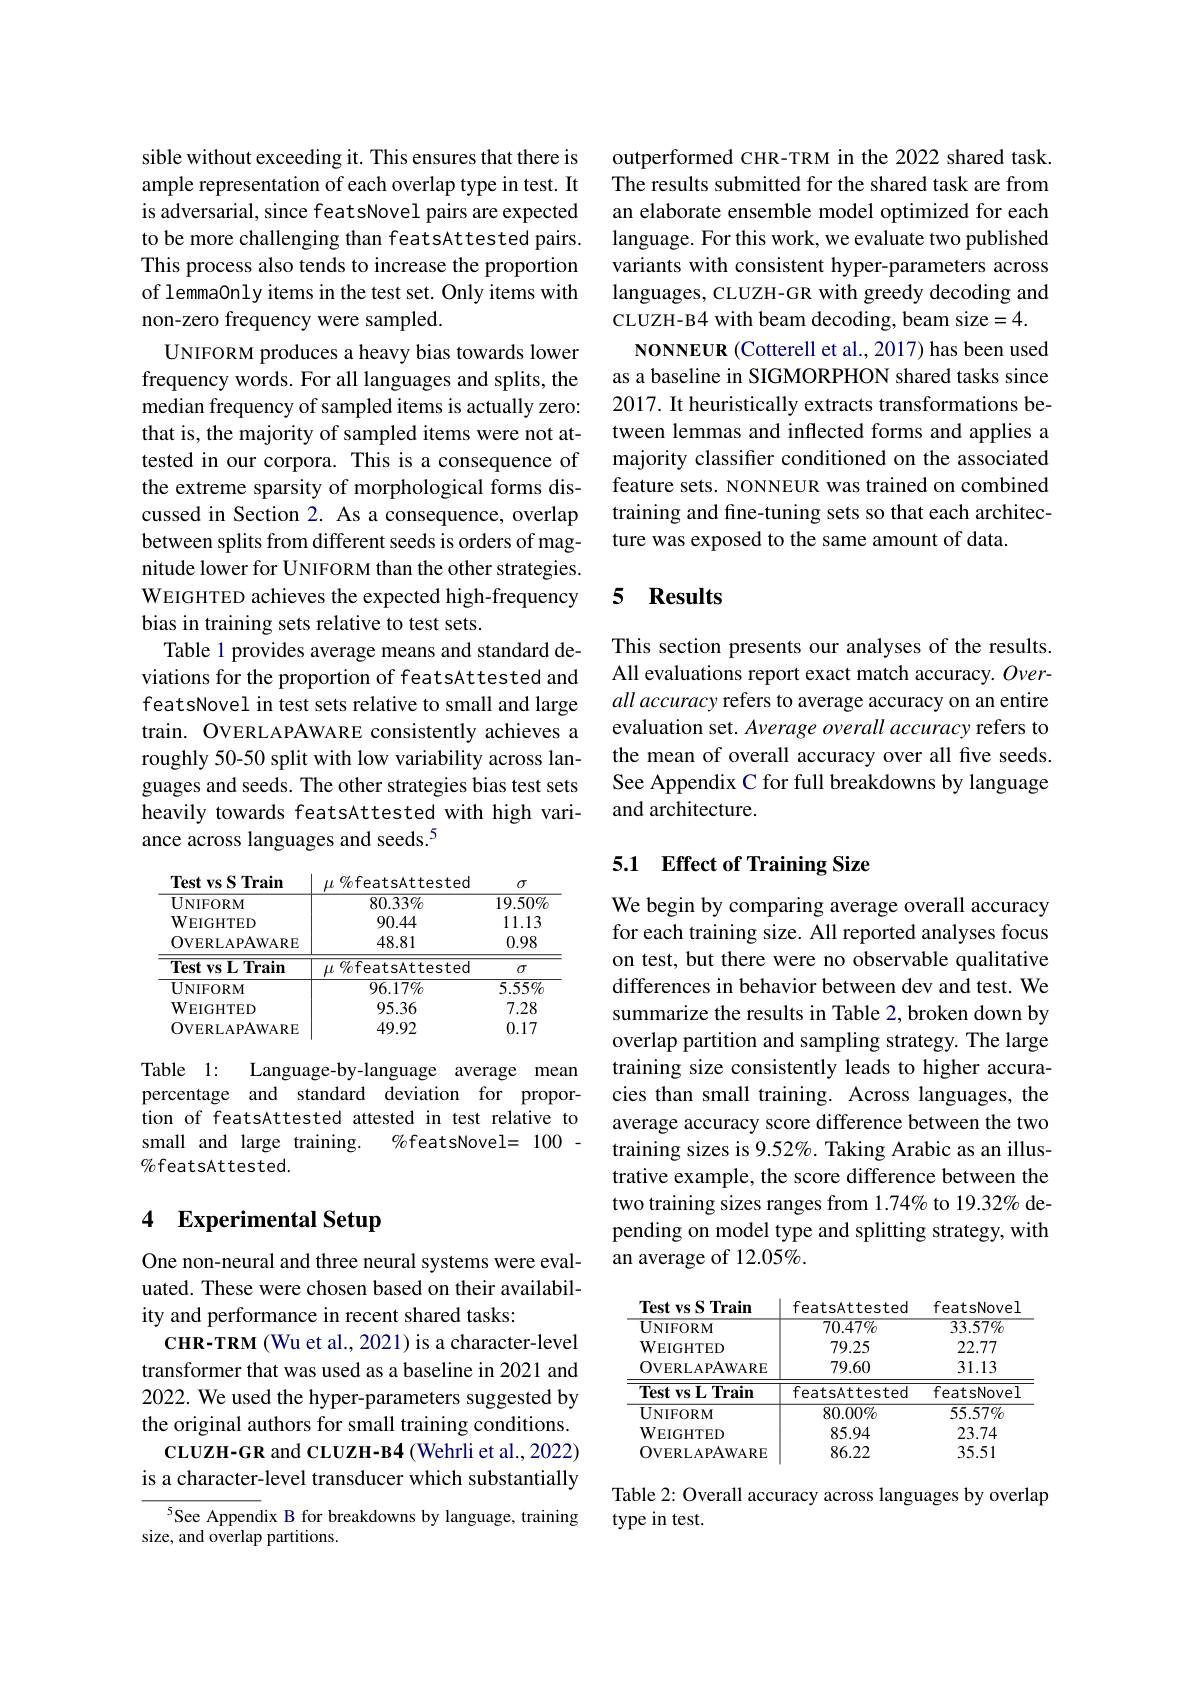
sible without exceeding it. This ensures that there is ample representation of each overlap type in test. It is adversarial, since featsNovel pairs are expected to be more challenging than featsAttested pairs. This process also tends to increase the proportion of lemmaOnly items in the test set. Only items with non-zero frequency were sampled.
UNIFORM produces a heavy bias towards lower frequency words. For all languages and splits, the median frequency of sampled items is actually zero: that is, the majority of sampled items were not attested in our corpora. This is a consequence of the extreme sparsity of morphological forms discussed in Section 2. As a consequence, overlap between splits from different seeds is orders of magnitude lower for UNIFORM than the other strategies. WEIGHTED achieves the expected high-frequency bias in training sets relative to test sets.
Table 1 provides average means and standard deviations for the proportion of featsAttested and featsNovel in test sets relative to small and large train. OVERLAPAWARE consistently achieves a roughly 50-50 split with low variability across languages and seeds. The other strategies bias test sets heavily towards featsAttested with high variance across languages and seeds.$^{5}$

<table>
	<tbody>
		<tr>
			<td>$UNIFORM$</td>
			<td>$80.33\%$</td>
			<td>$19.50\%$</td>
		</tr>
		<tr>
			<td>$UNIFORM$ $\mathbf{WEIGHTED}$ OVERLAPAWARE</td>
			<td>$80.33\%$ 90.44 48.81</td>
			<td>$19.50\%$ 11.13 0.98</td>
		</tr>
		<tr>
			<td>$\mathbf{WEIGHTED}$</td>
			<td>90.44</td>
			<td>11.13</td>
		</tr>
		<tr>
			<td>OVERLAPAWARE</td>
			<td>48.81</td>
			<td>0.98</td>
		</tr>
		<tr>
			<td>$\textbf{Test vs L Train}$</td>
			<td>$\mu\%$featsAttestec</td>
			<td>$\sigma$</td>
		</tr>
		<tr>
			<td>UNIFORM</td>
			<td>$96.17\%$</td>
			<td>$5.55\%$</td>
		</tr>
		<tr>
			<td>$\mathbf{WEIGHTED}$</td>
			<td>95.36</td>
			<td>7.28</td>
		</tr>
		<tr>
			<td>OVERLAPAWARE</td>
			<td>49.92</td>
			<td>0.17</td>
		</tr>
	</tbody>
</table>

Table 1:
Language-by-language average mean
percentage and standard deviation for proportion of featsAttested attested in test relative to
$\%$featsNovel=100~-
small and large training.
MofeatsAttested.

# 4 Experimental Setup

One non-neural and three neural systems were evaluated. These were chosen based on their availability and performance in recent shared tasks:
CHR-TRM (Wu et al., 2021) is a character-level transformer that was used as a baseline in 2021 and 2022. We used the hyper-parameters suggested by the original authors for small training conditions.
CLUZH-GR and CLUZH-B4 (Wehrli et al., 2022) is a character-level transducer which substantially

See Appendix B for breakdowns by language, training
size, and overlap partitions.

outperformed CHR-TRM in the 2022 shared task. The results submitted for the shared task are from an elaborate ensemble model optimized for each language. For this work, we evaluate two published variants with consistent hyper-parameters across languages, CLUZH-GR with greedy decoding and CLUZH-B4 with beam decoding, beam size=4.
NONNEUR (Cotterell et al., 2017) has been used as a baseline in SIGMORPHON shared tasks since 2017. It heuristically extracts transformations between lemmas and inflected forms and applies a majority classifer conditioned on the associated feature sets. NONNEUR was trained on combined training and fine-tuning sets so that each architecture was exposed to the same amount of data.

## 5 $\mathbf{Results}$

This section presents our analyses of the results. All evaluations report exact match accuracy. Overall accuracy refers to average accuracy on an entire evaluation set. Average overall accuracy refers to the mean of overall accuracy over all five seeds. See Appendix C for full breakdowns by language and architecture.

## 5.1 Effect of Training Size

We begin by comparing average overall accuracy for each training size. All reported analyses focus on test, but there were no observable qualitative differences in behavior between dev and test. We summarize the results in Table 2, broken down by overlap partition and sampling strategy. The large training size consistently leads to higher accuracies than small training. Across languages, the average accuracy score difference between the two training sizes is 9.52%. Taking Arabic as an illustrative example, the score difference between the two training sizes ranges from 1.74% to 19.32% depending on model type and splitting strategy, with an average of 12.05%.

<table>
	<tbody>
		<tr>
			<td>$\mathbf{UNIFORM}$</td>
			<td>$70.47\%$</td>
			<td>$33.57\%$</td>
		</tr>
		<tr>
			<td>$\mathbf{UNIFORM}$ $\mathbf{WEIGHTED}$ OVERLAPAWARE</td>
			<td>$70.47\%$ 79.25 79.60</td>
			<td>$33.57\%$ 22.77 31.13</td>
		</tr>
		<tr>
			<td>WEIGHTED</td>
			<td>79.25</td>
			<td>22.77</td>
		</tr>
		<tr>
			<td>OVERLAPAWARE</td>
			<td>79.60</td>
			<td>31.13</td>
		</tr>
		<tr>
			<td>$\textbf{Test vs L Train}$</td>
			<td>featsAttested</td>
			<td>featsNove]</td>
		</tr>
		<tr>
			<td>$\mathbf{UNIFORM}$</td>
			<td>$80.00\%$</td>
			<td>$55.57\%$</td>
		</tr>
		<tr>
			<td>WEIGHTED</td>
			<td>85.94</td>
			<td>23.74</td>
		</tr>
		<tr>
			<td>OVERLAPAWARE</td>
			<td>86.22</td>
			<td>35.51</td>
		</tr>
	</tbody>
</table>

Table 2: Overall accuracy across languages by overlap
type in test.